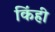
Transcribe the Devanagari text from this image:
किंही